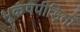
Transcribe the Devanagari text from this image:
भूकंपपीड़ितों